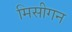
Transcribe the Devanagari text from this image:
मिसीगन